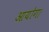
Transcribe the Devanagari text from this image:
आयोग।